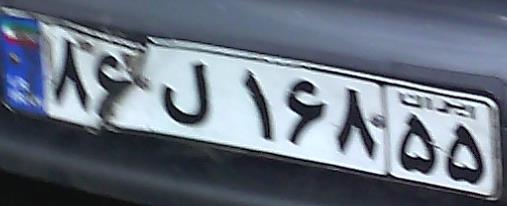
۸۶ل۱۶۸۵۵